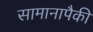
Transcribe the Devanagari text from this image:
सामानापैकी